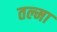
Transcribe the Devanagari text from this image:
तल्मा